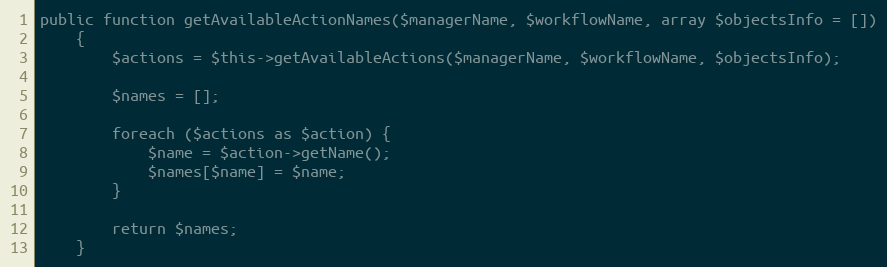
Language: PHP
public function getAvailableActionNames($managerName, $workflowName, array $objectsInfo = [])
    {
        $actions = $this->getAvailableActions($managerName, $workflowName, $objectsInfo);

        $names = [];

        foreach ($actions as $action) {
            $name = $action->getName();
            $names[$name] = $name;
        }

        return $names;
    }